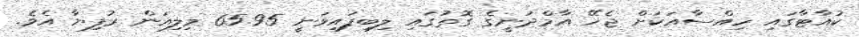
ކުއާޓާގައި ހިއްސާއަކަށް ޖެހޭ އާމްދަނީގެ ގޮތުގައި ލިބިފައިވަނީ 65.95 މިލިއަން ރުފިޔާ އެވެ.